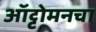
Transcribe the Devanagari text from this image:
ऑट्टोमनचा